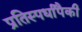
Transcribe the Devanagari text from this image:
प्रतिस्पर्धांपैकी